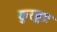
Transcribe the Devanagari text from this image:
कुरङ्गाः